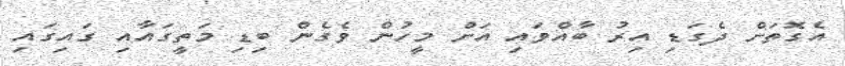
އެގޮތަށް ދެގަޑި އިރު ބާއްވައި އަށް މީހުން ވެގެން ބިޑި މަތީގައާއި ގައިގައި